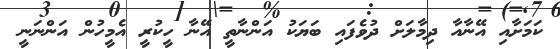
ކަމަށާއި އޭނާއާ ދިމާލަށް ދުވެފައި ބަޔަކު އަންނާތީ އޭނާ ހީކުރީ އެމީހުން އަންނަނީ